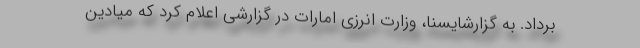
برداد. به گزارشایسنا، وزارت انرزی امارات در گزارشی اعلام کرد که میادین